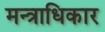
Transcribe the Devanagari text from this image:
मन्त्राधिकार